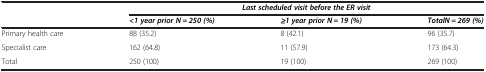
<table><thead><tr><td rowspan="2"><b> </b></td><td colspan="3"><b><i>Last scheduled visit before the ER visit</i></b></td></tr><tr><td><b><i>&lt;1 year prior N = 250 (%)</i></b></td><td><b><i>≥1 year prior N = 19 (%)</i></b></td><td><b><i>TotalN = 269 (%)</i></b></td></tr></thead><tbody><tr><td>Primary health care</td><td>88 (35.2)</td><td>8 (42.1)</td><td>96 (35.7)</td></tr><tr><td>Specialist care</td><td>162 (64.8)</td><td>11 (57.9)</td><td>173 (64.3)</td></tr><tr><td>Total</td><td>250 (100)</td><td>19 (100)</td><td>269 (100)</td></tr></tbody></table>